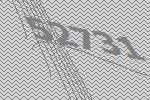
52731